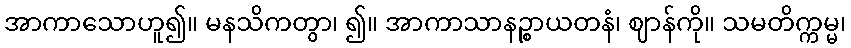
အာကာသောဟူ၍။ မနသိကတွာ၊ ၍။ အာကာသာနဉ္စာယတနံ၊ ဈာန်ကို။ သမတိက္ကမ္မ၊